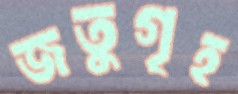
জতুগৃহ